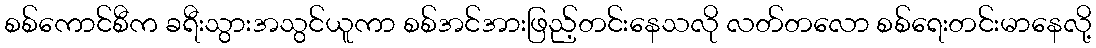
စစ်ကောင်စီက ခရီးသွားအသွင်ယူကာ စစ်အင်အားဖြည့်တင်းနေသလို လတ်တလော စစ်ရေးတင်းမာနေလို့